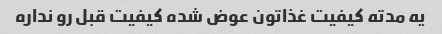
یه مدته کیفیت غذاتون عوض شده کیفیت قبل رو نداره